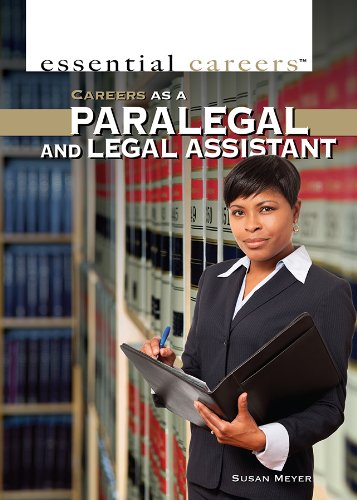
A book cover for Careers As a Paralegal and Legal Assistant (Essential Careers); G. S. Prentzas; Teen & Young Adult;